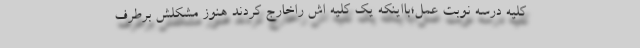
کلیه درسه نوبت عمل؛بااینکه یک کلیه اش راخارج کردند هنوز مشکلش برطرف